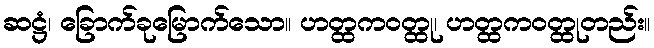
ဆဋ္ဌံ၊ ခြောက်ခုမြောက်သော။ ဟတ္ထကဝတ္ထု၊ ဟတ္ထကဝတ္ထုတည်း။